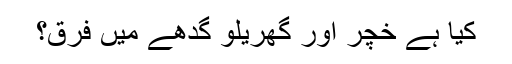
کیا ہے خچر اور گھریلو گدھے میں فرق؟